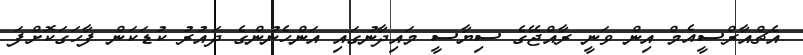
އެޗްއާރްސީއެމް އިން ވަނީ ރާއްޖޭގެ ސިޔާސީ މައިދާނުގައި އަންހެނުންގެ ދައުރު ކުޑަކަން ފާހަގަކޮށްފަ